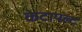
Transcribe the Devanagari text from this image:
केटापल्ट